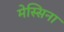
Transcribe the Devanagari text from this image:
मेस्सिना